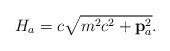
\begin{align*}H_a=c\sqrt {m^2c^2+{\bf p}_a^2}.\end{align*}